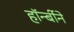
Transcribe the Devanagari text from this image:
हॉर्न्बीने